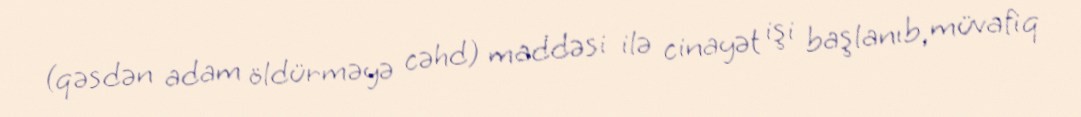
(qəsdən adam öldürməyə cəhd) maddəsi ilə cinayət işi başlanıb, müvafiq